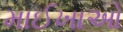
માઈખાઓ